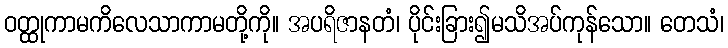
ဝတ္ထုကာမကိလေသာကာမတို့ကို။ အပရိဇာနတံ၊ ပိုင်းခြား၍မသိအပ်ကုန်သော။ တေသံ၊